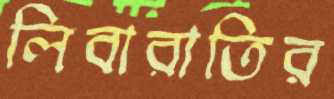
লিবারাতির